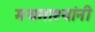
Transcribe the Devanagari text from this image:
मधमाश्यांनी